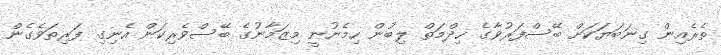
ތެރެއިން ގިނަބަޔަކަށް ބޭސްފަރުވާގެ ޚިދްމަތް ލިބުން ހިމެނުނީ މިޒަމާނުގެ ބޭސްވެރިކަން އެނިގި ފަރިތަވެގެން